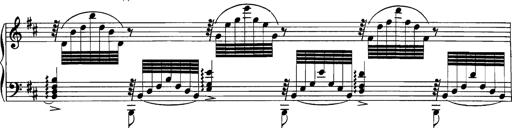
Title: Grandes Etudes
Composer: Franz Liszt